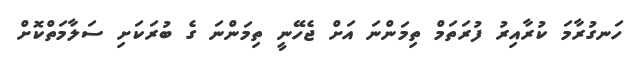
ހަނގުރާމަ ކުރާއިރު ފުރަތަމް ތިމަންނަ އަށް ޖެހޭނީ ތިމަންނަ ގެ ބުރަކަށި ސަލާމަތްކޮށް